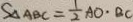
S _ { \Delta A B C } = \frac { 1 } { 2 } A O \cdot B C